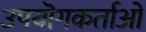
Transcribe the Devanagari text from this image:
उपयॊगकर्ताओ